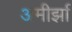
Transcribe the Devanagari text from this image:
अमीर्झा